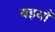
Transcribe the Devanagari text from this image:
बइयाँ